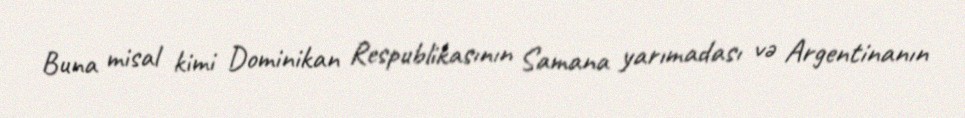
Buna misal kimi Dominikan Respublikasının Samana yarımadası və Argentinanın